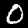
Digit: 0